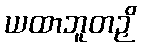
ယထာဘူတဉှိ